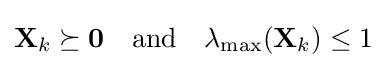
\mathbf {X} _{k}\succeq \mathbf {0} \quad {\text{and}}\quad \lambda _{\text{max}}(\mathbf {X} _{k})\leq 1